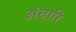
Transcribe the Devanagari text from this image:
अंधारि